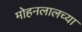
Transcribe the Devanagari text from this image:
मोहनलालच्या